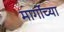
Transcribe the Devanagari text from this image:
मार्गोच्या